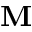
\mathbf { M }